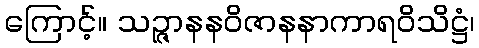
ကြောင့်။ သဉ္ဇာနနဝိဇာနနာကာရဝိသိဋ္ဌံ၊